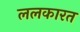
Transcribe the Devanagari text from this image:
ललकारत